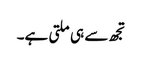
تجھ سے ہی ملتی ہے۔